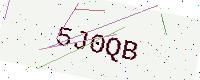
Text: 5J0QB